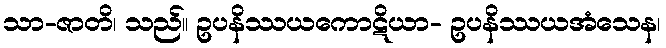
သာ-ဇာတိ၊ သည်။ ဥပနိဿယကောဋိယာ- ဥပနိဿယအံသေန၊